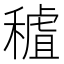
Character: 𥡧